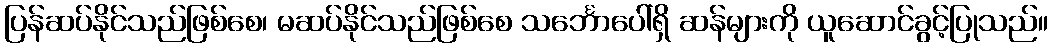
ပြန်ဆပ်နိုင်သည်ဖြစ်စေ၊ မဆပ်နိုင်သည်ဖြစ်စေ သင်္ဘောပေါ်ရှိ ဆန်များကို ယူဆောင်ခွင့်ပြုသည်။